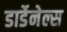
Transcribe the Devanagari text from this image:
डार्डेनेल्स